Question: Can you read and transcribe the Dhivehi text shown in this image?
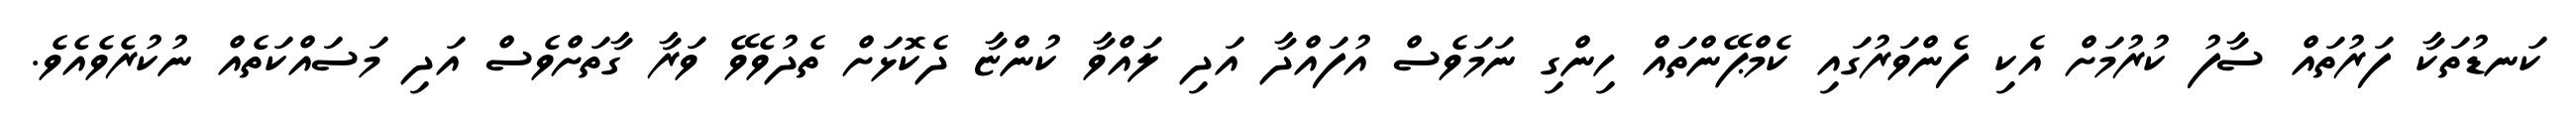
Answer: ކަނޑުތަކާ ފަރުތައް ސާފު ކުރުމަށް އެކި ފެންވަރުގައި ކެމްޕޭންތައް ހިންގި ނަމަވެސް އުފައްދާ އަދި ލައްވާ ކުންޏާ ދެކޮޅަށް ތެދުވެވޭ ވަރާ ގާތަށްވެސް އަދި މަސައްކަތެއް ނުކުރެވެއެވެ.